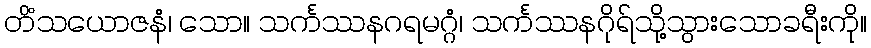
တိံသယောဇနံ၊ သော။ သင်္ကဿနဂရမဂ္ဂံ၊ သင်္ကဿနဂိုရ်သို့သွားသောခရီးကို။